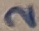
Text: 2